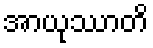
အာယုဿာတိ